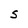
Character: s